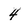
Character: 4